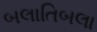
બલાતિબલા